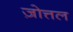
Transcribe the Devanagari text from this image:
ज़ोत्तल